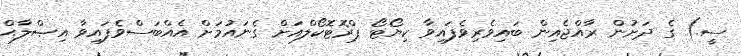
ސީ.) ގެ ދަށުން ރާއްޖެއިން ބައިވެރިވެފައިވާ ކިޔޯޓޯ ޕްރޮޓޮކޯލްއަށް ގެނައުމަށް އެއްބަސްވެފައިވާ އިޞްލާޙް